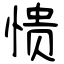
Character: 愦